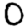
Digit: 0